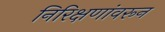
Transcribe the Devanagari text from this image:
निरिक्षणांवरून